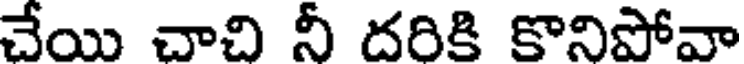
చేయి చాచి నీ దరికి కొనిపోవా